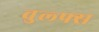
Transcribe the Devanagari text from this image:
वुल्फ्स